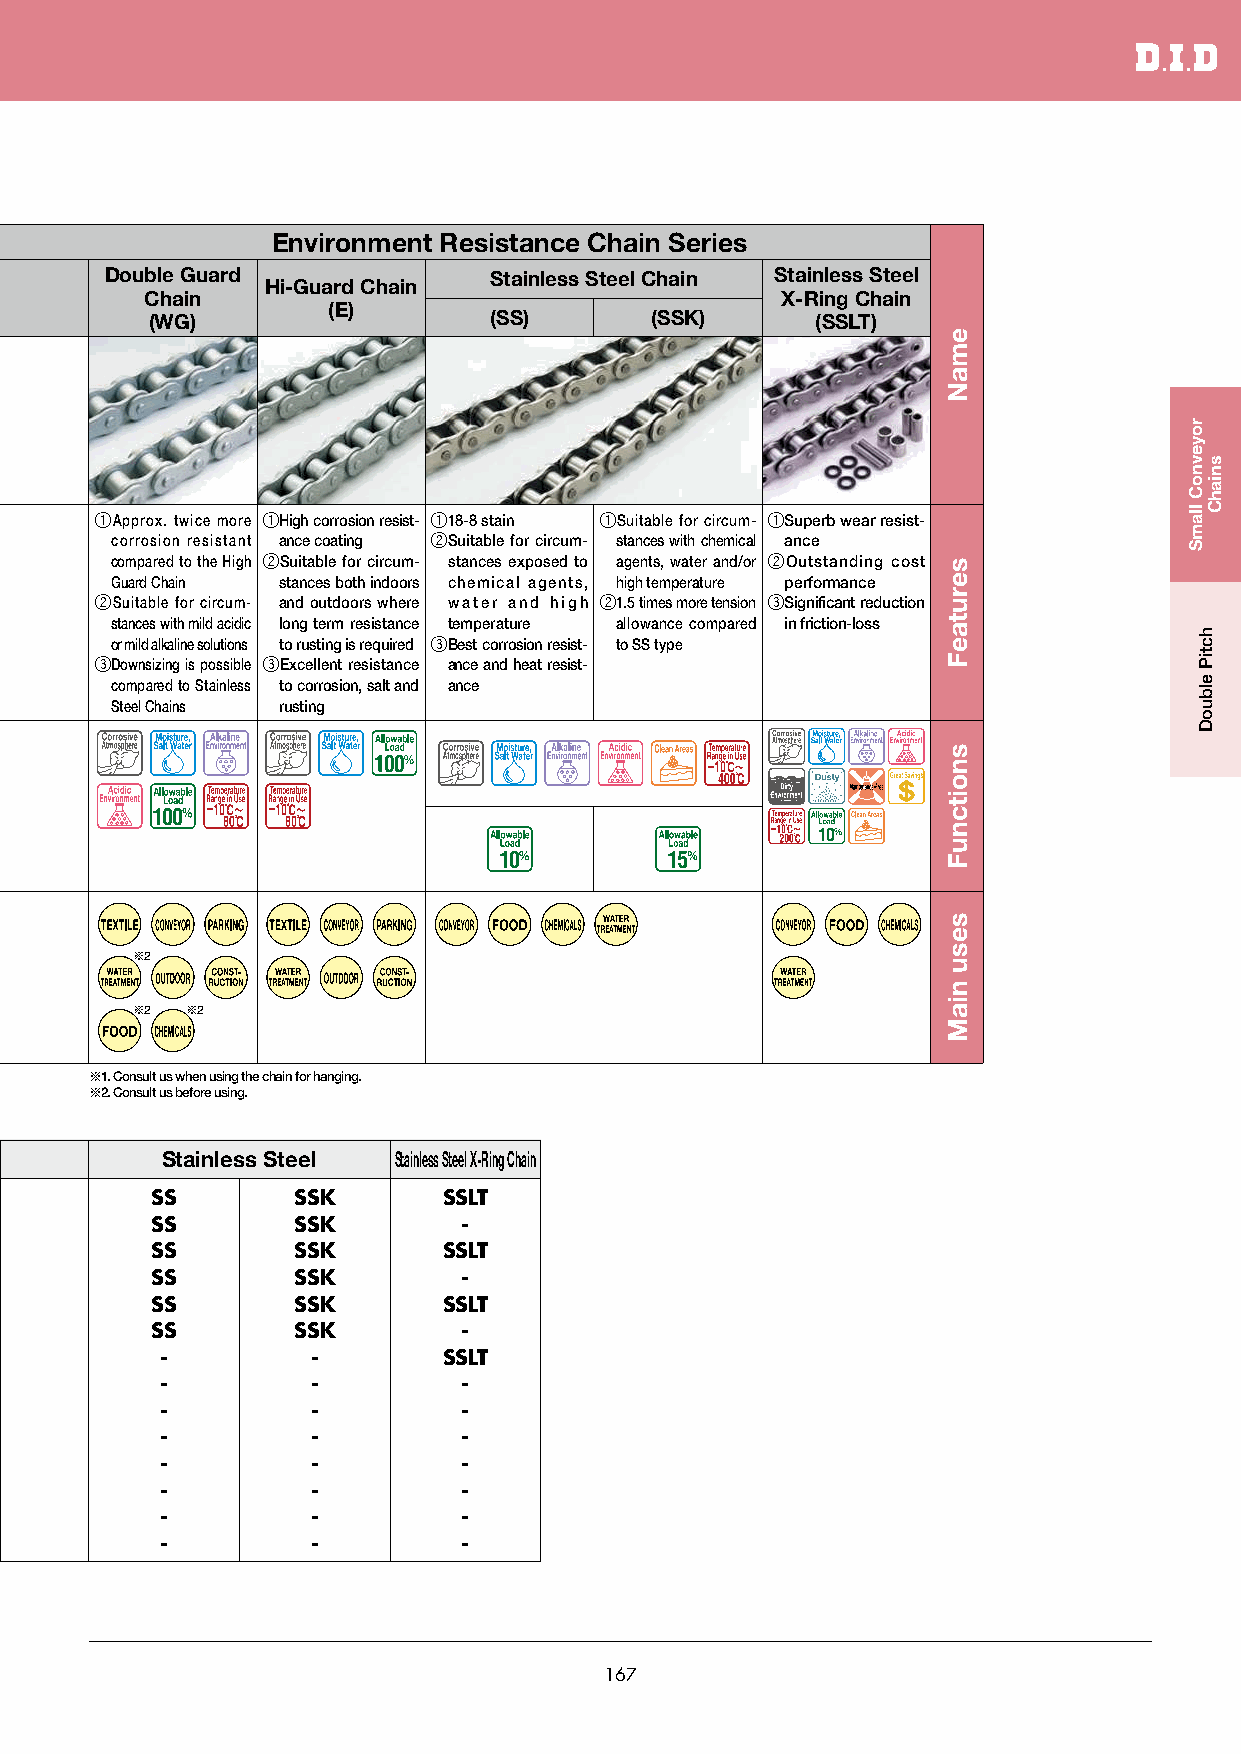
Environment Resistance Chain Series
 Double Guard             Stainless Steel Chain Stainless Steel
 Hi-Guard Chain
 Chain                                     X-Ring Chain
 (E)
 (WG)                  (SS)       (SSK)      (SSLT)
 qApprox. twice more qHigh corrosion resist- q18-8 stain qSuitable for circum- qSuperb wear resist-
 corrosion resistant ance coating wSuitable for circum- stances with chemical ance
 compared to the High wSuitable for circum- stances exposed to agents, water and/or wOutstanding cost
 Guard Chain stances both indoors chemical agents, high temperature performance
 wSuitable for circum- and outdoors where water and high w1.5 times more tension eSignificant reduction
 stances with mild acidic long term resistance temperature allowance compared in friction-loss
 or mild alkaline solutions to rusting is required eBest corrosion resist- to SS type
 eDownsizing is possible eExcellent resistance ance and heat resist-
 compared to Stainless to corrosion, salt and ance
 Steel Chains rusting
 ※2
 ※2 ※2
 ※1. Consult us when using the chain for hanging.
 ※2. Consult us before using.
 Stainless Steel Stainless Steel X-Ring Chain
 SS       SSK       SSLT
 SS       SSK         -
 SS       SSK       SSLT
 SS       SSK         -
 SS       SSK       SSLT
 SS       SSK         -
 -         -       SSLT
 -         -         -
 -         -         -
 -         -         -
 -         -         -
 -         -         -
 -         -         -
 -         -         -
 167
 emaN
 serutaeF
 snoitcnuF
 sesu
 niaM
 royevnoC
 llamS
 hctiP
 elbuoD
 sniahC